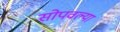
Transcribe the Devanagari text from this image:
सोपवल्या